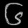
Digit: ၆